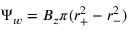
\Psi _ { w } = B _ { z } \pi ( r _ { + } ^ { 2 } - r _ { - } ^ { 2 } )